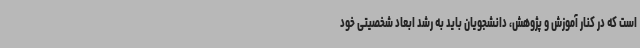
است که در کنار آموزش و پژوهش، دانشجویان باید به رشد ابعاد شخصیتی خود